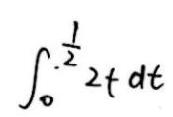
\(\int_{0}^{\frac{1}{2}}2t\mathrm{d}t\)